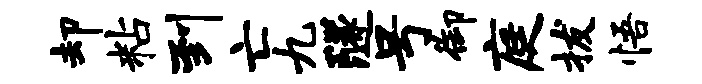
却粘到亡九隧号御庭拔悟